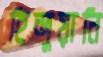
হিন্দুয়ানি